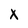
Character: X